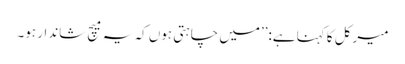
میرکل کا کہنا ہے:’’میں چاہتی ہوں کہ یہ میچ شاندار ہو۔